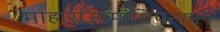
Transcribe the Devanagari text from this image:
माहाराज्यमाधिपत्यमयं